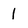
Character: 1